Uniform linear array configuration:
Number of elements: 48
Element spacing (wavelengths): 0.75
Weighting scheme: exponential
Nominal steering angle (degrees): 60
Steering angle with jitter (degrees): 59.909
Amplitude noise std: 0.05
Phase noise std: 0.05

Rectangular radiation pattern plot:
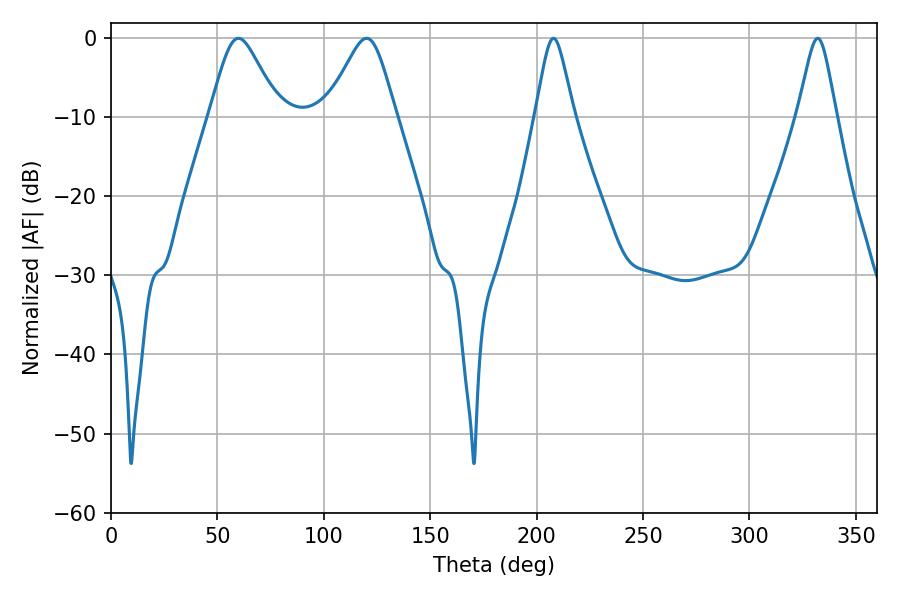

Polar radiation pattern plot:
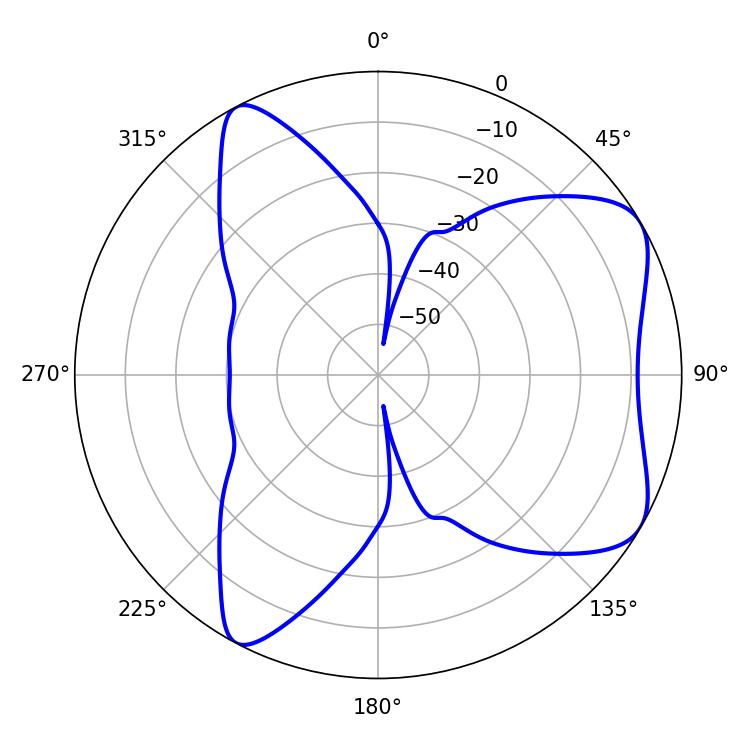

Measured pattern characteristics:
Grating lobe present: TRUE
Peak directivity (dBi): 6.638
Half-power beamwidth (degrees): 8.64
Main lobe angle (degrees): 207.9